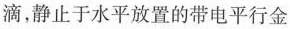
滴，静止于水平放置的带电平行金